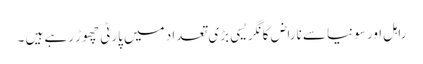
راہل اور سونیا سے ناراض کانگریسی بڑی تعداد میں پارٹی چھوڑ رہے ہیں ۔